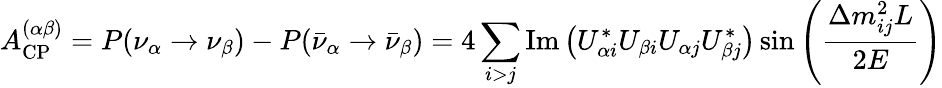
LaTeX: A_{\mathrm{CP}}^{(\alpha\beta)}=P(\nu_{\alpha}\rightarrow\nu_{\beta})-P({\bar{\nu}}_{\alpha}\rightarrow{\bar{\nu}}_{\beta})=4\sum_{i>j}\operatorname{Im}\left(U_{\alpha i}^{*}U_{\beta i}U_{\alpha j}U_{\beta j}^{*}\right)\sin\left({\frac{\Delta m_{ij}^{2}L}{2E}}\right)